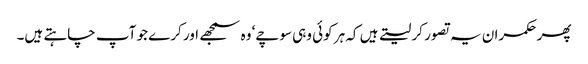
پھر حکمران یہ تصور کر لیتے ہیں کہ ہر کوئی وہی سوچے‘ وہ سمجھے اور کرے جو آپ چاہتے ہیں۔